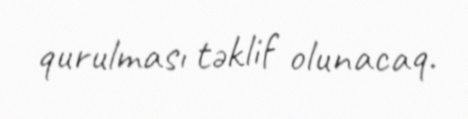
qurulması təklif olunacaq.